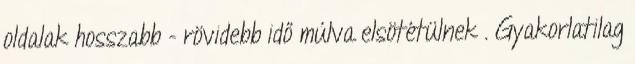
oldalak hosszabb - rövidebb idő múlva elsötétülnek . Gyakorlatilag